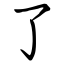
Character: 了